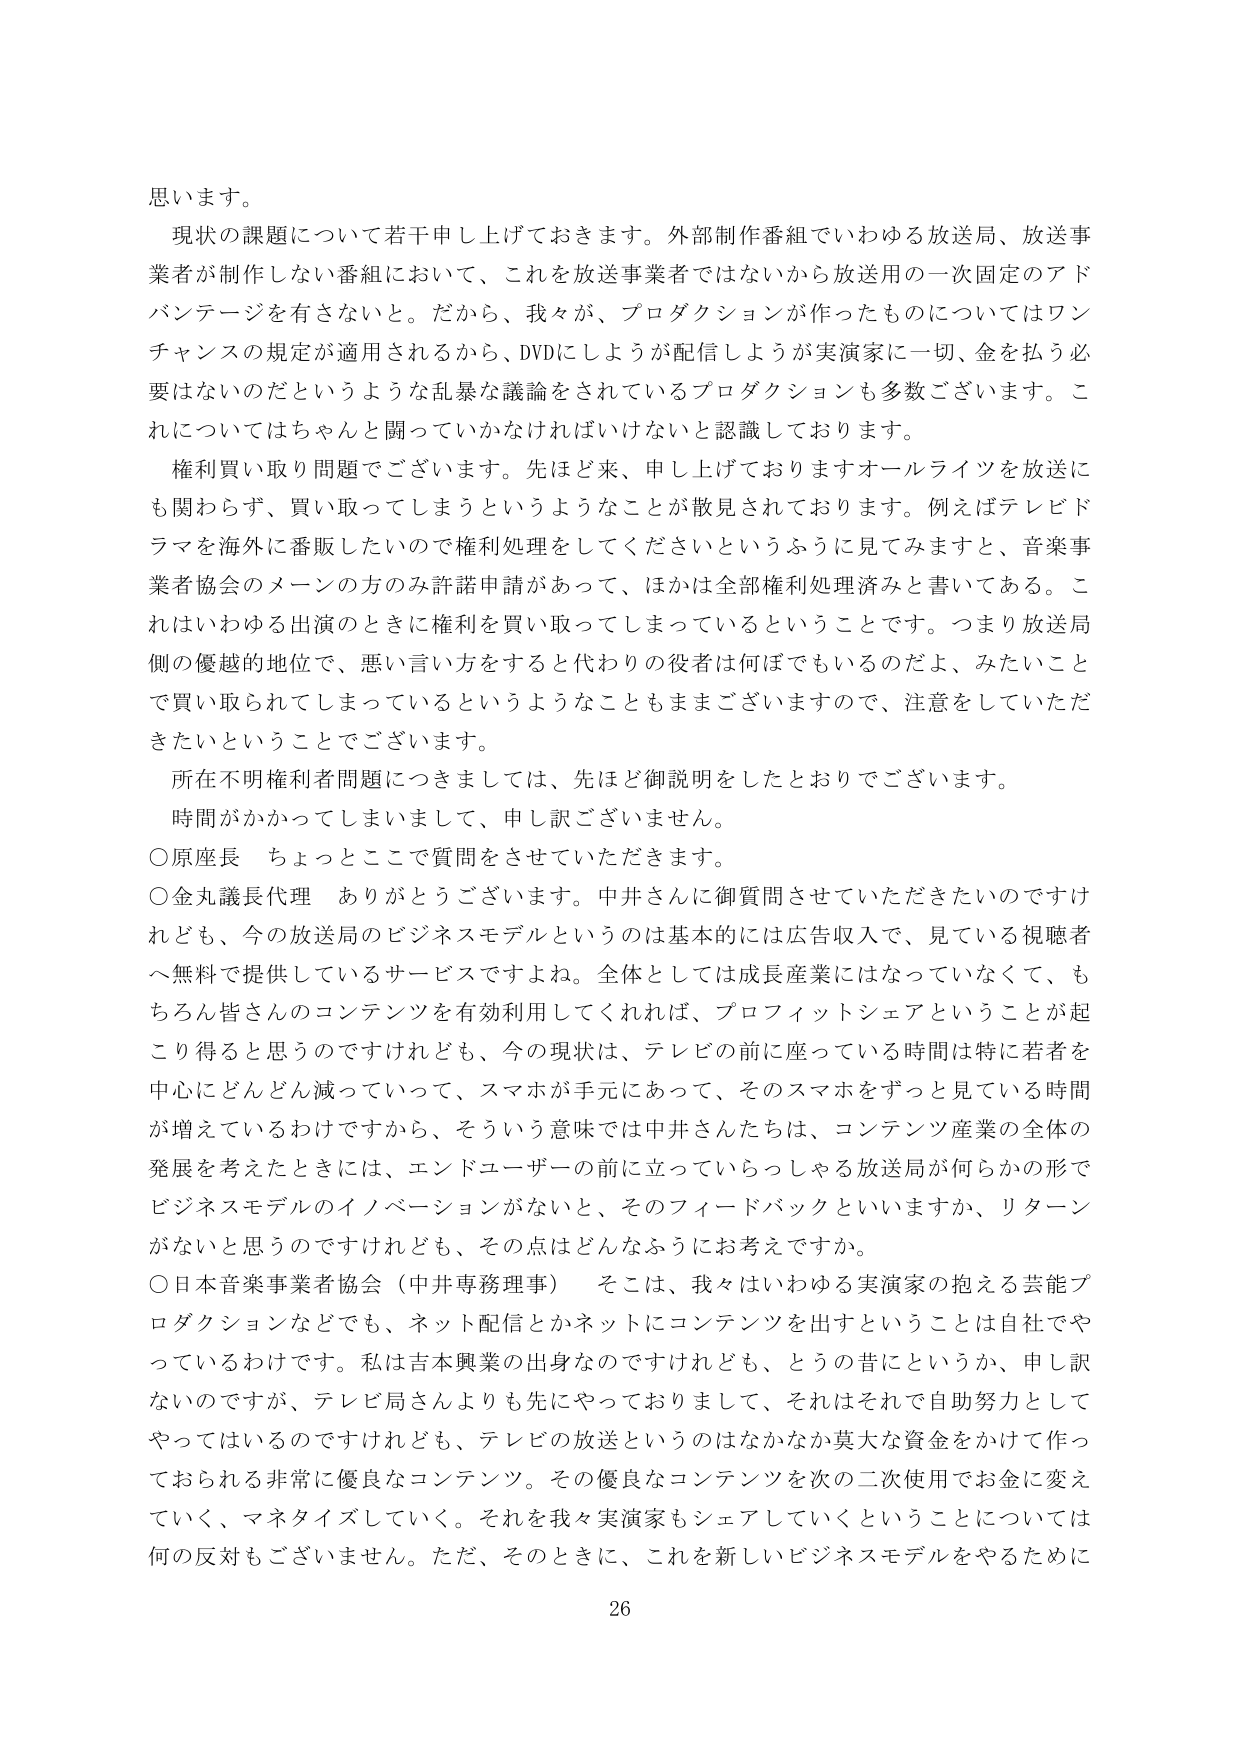
思います。

現状の課題について若干申し上げておきます。外部制作番組でいわゆる放送局、放送事業者が制作しない番組において、これを放送事業者ではないから放送用の一次固定のアドバンテージを有さないと。だから、我々が、プロダクションが作ったものについてはワンチャンスの規定が適用されるから、DVDにしようが配信しようが実演家に一切、金を払う必要はないのだというような乱暴な議論をされているプロダクションも多数ございます。これについてはちゃんと闘っていかなければならないと認識しております。

権利買い取り問題でございます。先ほど来、申し上げておりますオールライツを放送にも関わらず、買い取ってしまうというようなことが散見されております。例えばテレビドラマを海外に番販したいので権利処理をしてくださいというふうに見てみますと、音楽事業者協会のメーソンの方の許諾申請があって、ほかは全部権利処理済みと書いてある。これはいわゆる出演のときに権利を買い取ってしまっているということです。つまり放送局側の優越的地位で、悪い言い方をすると代わりの役者は何ぼでもいるのだよ、みたいことで買い取られてしまっているというようなこともままございますので、注意をしていただきたいということでございます。

所在不明権利者問題につきましては、先ほど御説明をしたとおりでございます。

時間がかかってしまいまして、申し訳ございません。

○原座長　ちょっとここで質問をさせていただきます。

○金丸議長代理　ありがとうございます。中井さんに御質問させていただきたいのですけれども、今の放送局のビジネスモデルというのは基本的には広告収入で、見ている視聴者へ無料で提供しているサービスですよね。全体としては成長産業にはなっていなくて、もちろん皆さんのコンテンツを有効利用してくれれば、プロフィットシェアということが起こり得ると思うのですけれども、今の現状は、テレビの前に座っている時間は特に若者を中心にどんどん減っていって、スマホが手元にあって、そのスマホをずっと見ている時間が増えていいるわけですから、そういう意味では中井さんたちは、コンテンツ産業の全体の発展を考えたときには、エンドユーザーの前に立っていらっしゃる放送局が何らかの形でビジネスモデルのイノベーションがないと、そのフィードバックといいますか、リターンがないと思うのですけれども、その点はどんなふうにお考えですか。

○日本音楽事業者協会（中井専務理事）　そこは、我々はいわゆる実演家の抱える芸能プロダクションなどでも、ネット配信とかネットにコンテンツを出すということは自社でやっているわけです。私は吉本興業の出身なのですが、とうの昔にというか、申し訳ないのですが、テレビ局さんよりも先にやっておりまして、それはそれで自助努力としてやってはいるのですけれども、テレビの放送というのはなかなか莫大な資金をかけて作っておられる非常に優良なコンテンツ。その優良なコンテンツを次の二次使用でお金に変えていく、マネタイズしていく。それを我々実演家もシェアしていくということについては何の反対もございません。ただ、そのときに、これを新しいビジネスモデルをやるために

26